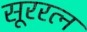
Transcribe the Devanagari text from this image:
सूररत्‍न